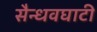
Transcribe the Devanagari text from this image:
सैन्धवघाटी